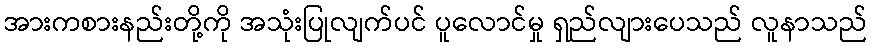
အားကစားနည်းတို့ကို အသုံးပြုလျက်ပင် ပူလောင်မှု ရှည်လျားပေသည် လူနာသည်